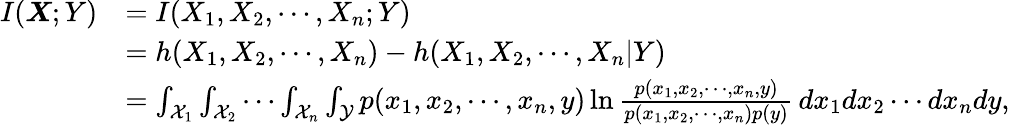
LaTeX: \begin{array}{rl}{I(\boldsymbol{X};Y)}&{=I(X_{1},X_{2},\cdots,X_{n};Y)}\\ &{=h(X_{1},X_{2},\cdots,X_{n})-h(X_{1},X_{2},\cdots,X_{n}|Y)}\\ &{=\int_{\mathcal{X}_{1}}\int_{\mathcal{X}_{2}}\cdots\int_{\mathcal{X}_{n}}\int_{\mathcal{Y}}p(x_{1},x_{2},\cdots,x_{n},y)\ln\frac{p(x_{1},x_{2},\cdots,x_{n},y)}{p(x_{1},x_{2},\cdots,x_{n})p(y)}\, dx_{1}dx_{2}\cdots dx_{n}dy,}\end{array}